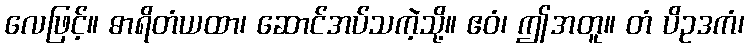
လေဖြင့်။ ဓာရိတံယထာ၊ ဆောင်အပ်သကဲ့သို့။ ဧဝံ၊ ဤအတူ။ တံ ပိဥဒကံ၊